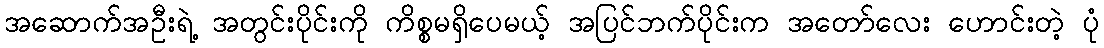
အဆောက်အဦးရဲ့ အတွင်းပိုင်းကို ကိစ္စမရှိပေမယ့် အပြင်ဘက်ပိုင်းက အတော်လေး ဟောင်းတဲ့ ပုံ